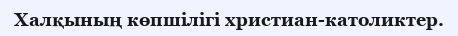
Халқының көпшілігі христиан-католиктер.